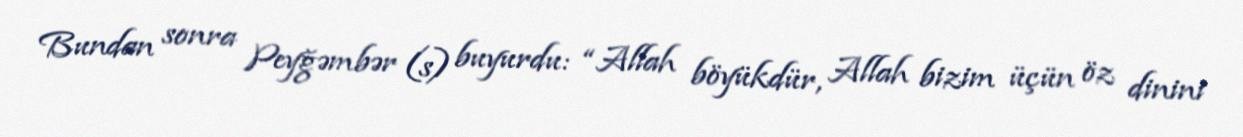
Bundan sonra Peyğəmbər (s) buyurdu: “Allah böyükdür, Allah bizim üçün öz dinini